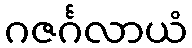
ဂဇင်္ဂလာယံ